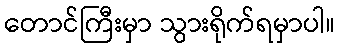
တောင်ကြီးမှာ သွားရိုက်ရမှာပါ။